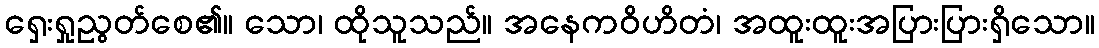
ရှေးရှုညွတ်စေ၏။ သော၊ ထိုသူသည်။ အနေကဝိဟိတံ၊ အထူးထူးအပြားပြားရှိသော။